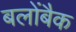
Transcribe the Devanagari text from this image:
बलोंबैक